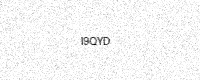
Text: I9QYD